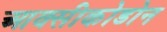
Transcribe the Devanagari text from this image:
आक्सीकोडोन